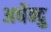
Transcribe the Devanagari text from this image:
अर्धेन्दु